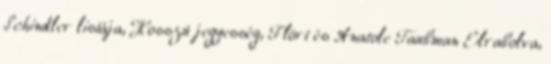
Schindler listája, Hosszú jegyesség, Flört és Anatole Taubman Elrabolva,